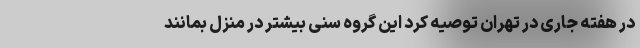
در هفته جاری در تهران توصیه کرد این گروه سنی بیشتر در منزل بمانند